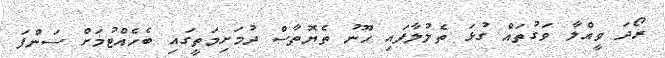
ރޯދަ ވީއްލާ ވަގުތައް ގުޅަ ތެލުލާފައި ހޫނު ތެޔޮތާސް ދުމަށިމަތީގައި ބެހެއްޓުމަށް ސަންފަ